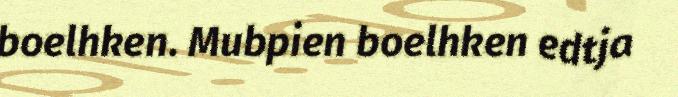
boelhken. Mubpien boelhken edtja